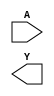

module IVX1_CV(A, Y);
   input A;
   output Y;
endmodule // IVX1_CV

module BFX1_CV(A, Y);
   input A;
   output Y;
endmodule



module NDX1_CV(A, B, Y);
   input A,B;
   output Y;
endmodule


module ANX1_CV(A, B, Y);
   input A,B;
   output Y;
endmodule // ANX1_CV

module ORX1_CV(A, B, Y);
   input A,B;
   output Y;
endmodule // ORX1_CV

module EOX1_CV(A, B, Y);
   input A,B;
   output Y;
endmodule // EOX1_CV

module ENX1_CV(A, B, Y);
   input A,B;
   output Y;
endmodule





module NRX1_CV(A, B, Y);
   input A,B;
   output Y;
endmodule


module DFSRQNX1_CV(D,CK,S, R, Q, QN);
   input D,CK,S,R;
   output Q,QN;

endmodule